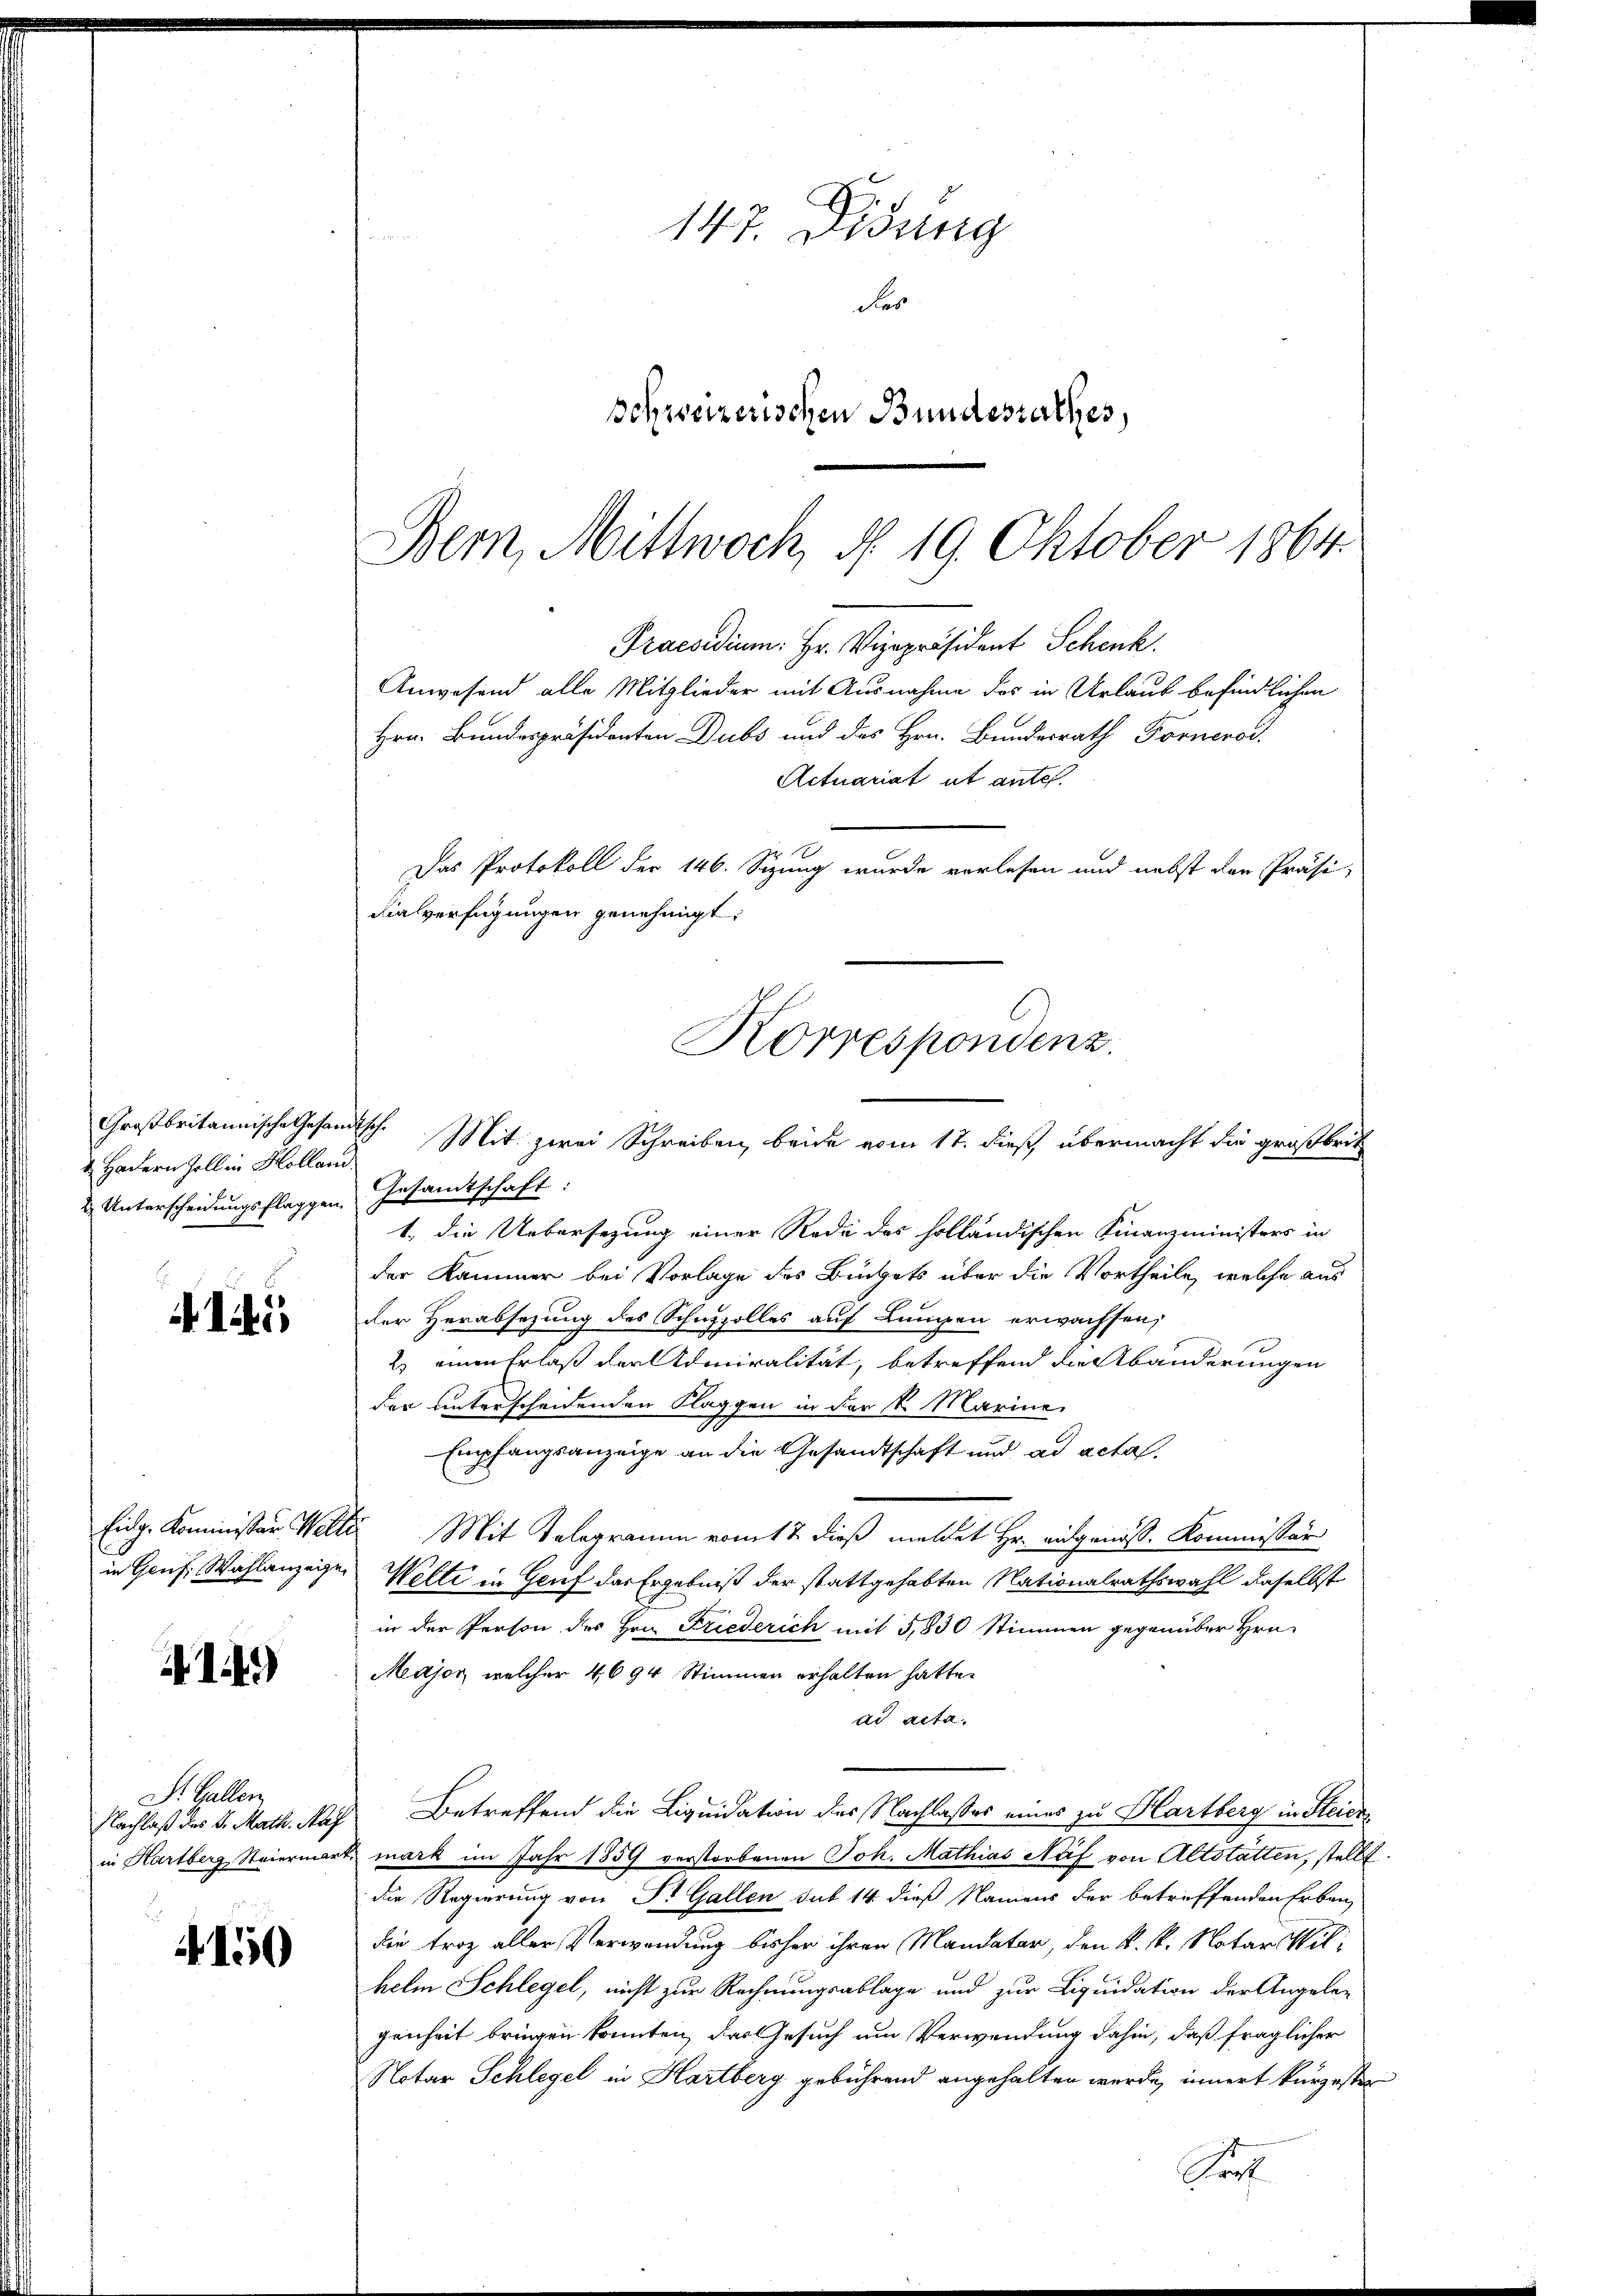
Großbritannische Gesandtsche
4 Hadern Zoll in Hollam.
2 Unterscheidungsfläggen

I

in Genf. Wahlanzeige,

14)

St. Gallen
Nachlaß des K. Marth. Naf
in Hartberg Steiermark

4150

147. Didung
des
Schweizerischen Bundesrathes,

Bern, Mittwoch, § 19. Oktober 1864.
Praesidium: Hr. Vizepräsident Schenk.
Anwesend alle Mitglieder mit Ausnahme des in Urlauf befindlichen
Hrn. Bundespräsidenten Dubs und des Hrn. Bundesrath Fornerod.
Actuariat et antes
1
Das Protokoll der 146. Sizung wurde verlesen und nebst den Präsi-
dialverfügungen genehmigt.
Korrespondenz.
Mit zwei Schreiben, beide vom 17. dieß übermacht die großbrit

Gesandtschaft:
1., die Uebersezung einer Rede des holländischen Finanzministers in
der Kammer bei Vorlage des Buchets über die Vortheile, welche aus
der Verabsezung des Schuzzolles auf Lungen erwachsen,
2. einen Erlaß der Admiralität, betreffend die Abänderungen
der unterscheidenden Klaggen in der k. Marine
Empfangsanzeige an die Gesandtschaft und ad acta.
Eidg. Kommissär, Welte Mit Telegramm vom 17. dieß meldet Hr. eingenoss. Kommissär
Welti in Genf das Ergebniß der stattgehabten Nationalrathswahl daselbst
in der Person des Hrn. Friederich mit 5,830 Stimmen gegenüber Hrn.
Major welcher 4694 Stimmen erhalten hatte.
ad acta.
Betreffend die Liquidation des Nachlasses eines zu Klartberg in Steichmark im Jahr 1859 verstorbenen Joh. Mathias Näf von Altstatten, stellt
die Regierung von Dr. Gallen sub 14 dieß Namens der betreffenden Erben
die troz aller Verwendung bisher ihren Mandatar, den k. k. Notar Wilhelm Schlegel, nicht zur Rechnungsablage und zur Liquidation der Angeleg
genheit bringen konnten, das Gesuch um Verwendung dahin, daß fraglicher
Notar Schlegel in Hartberg gebührend angehalten werde, innert kürzester
Prof